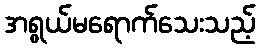
အရွယ်မရောက်သေးသည့်